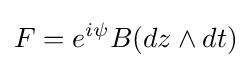
F=e^{i\psi }B(dz\wedge dt)